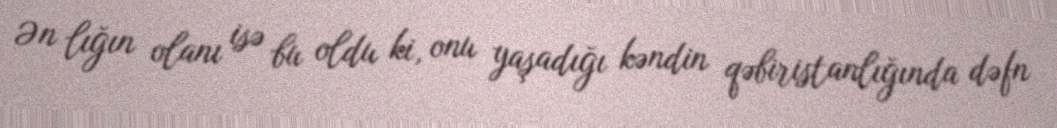
Ən lığın olanı isə bu oldu ki, onu yaşadığı kəndin qəbiristanlığında dəfn